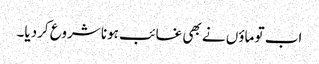
اب تو ماؤں نے بھی غائب ہونا شروع کردیا۔